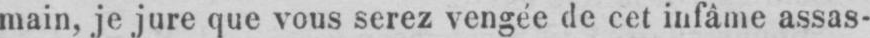
main, je jure que vous serez vengée de cet infâme assas-